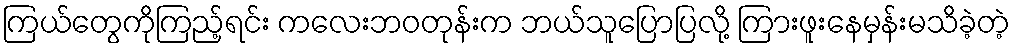
ကြယ်တွေကိုကြည့်ရင်း ကလေးဘဝတုန်းက ဘယ်သူပြောပြလို့ ကြားဖူးနေမှန်းမသိခဲ့တဲ့